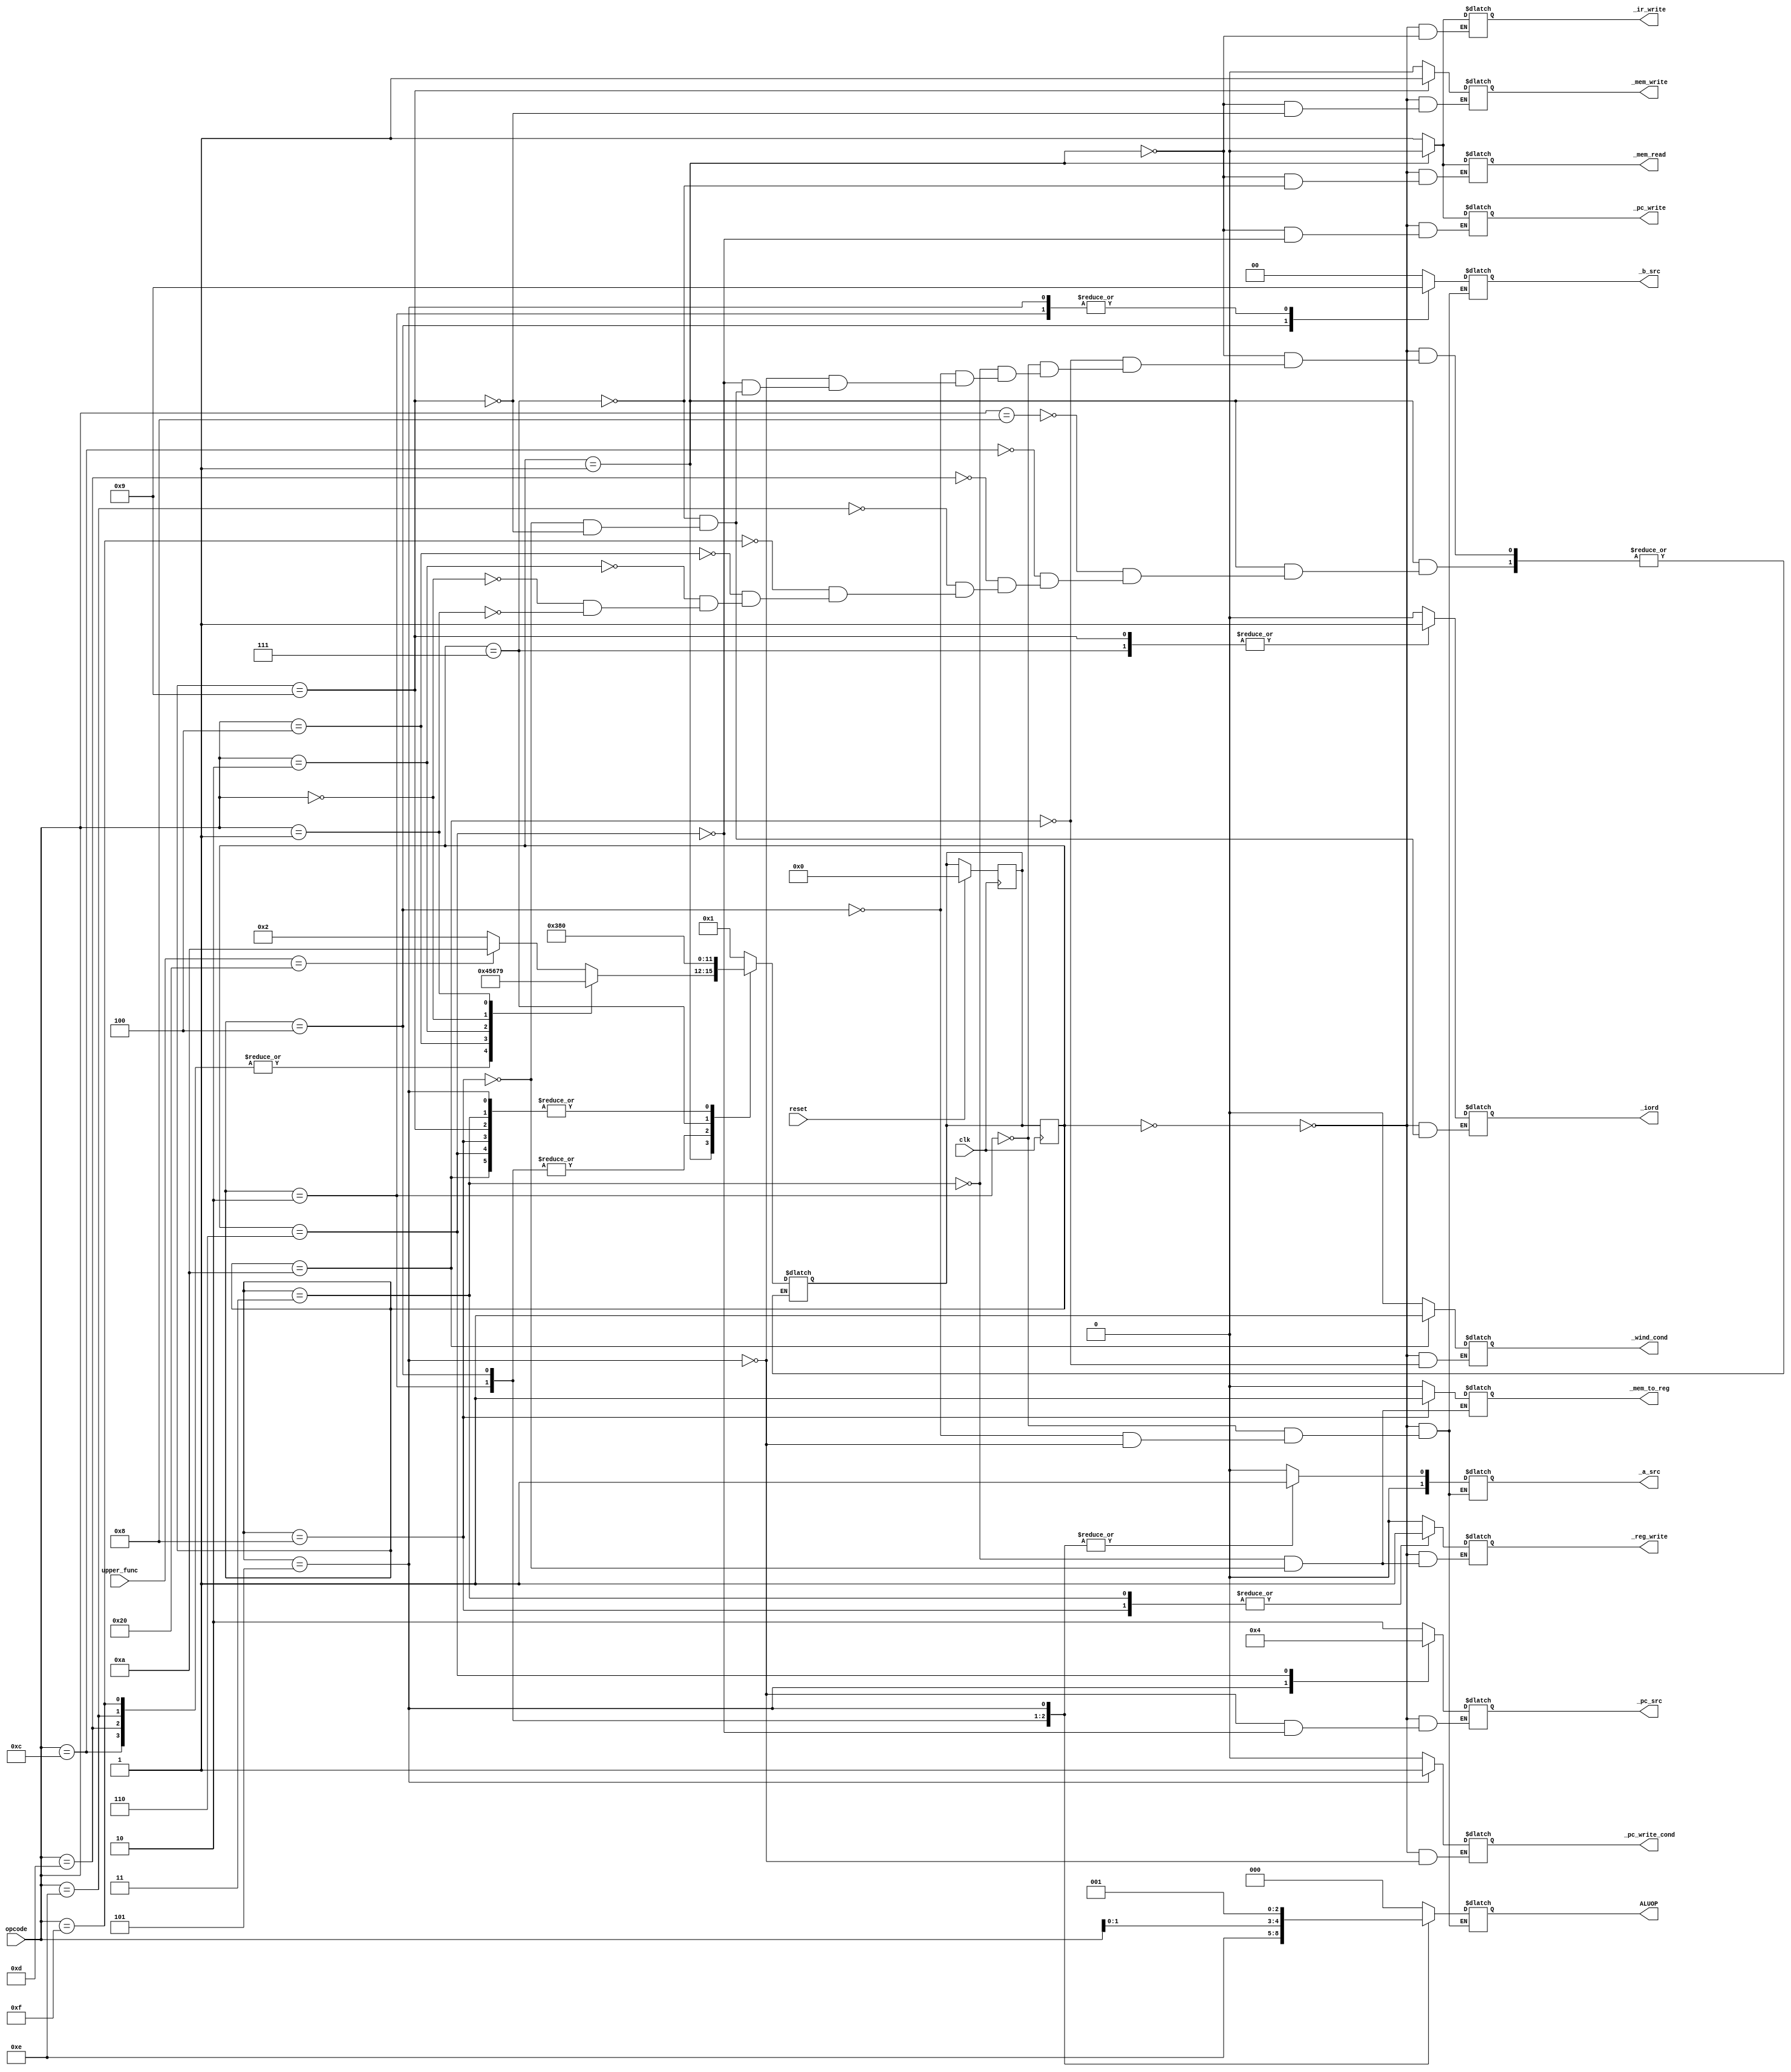

module ControlUnit(
	input [3:0] opcode,
	input clk, reset,
	output reg _iord, _pc_write,
	 _mem_read, _mem_write, 
	 _ir_write, _mem_to_reg,
	 _reg_write, _pc_write_cond, _wind_cond,
	input [5:0] upper_func, 
	output reg [1:0]  _a_src, _b_src, _pc_src,
	output reg [2:0] ALUOP
	);

	reg [3:0] state , n_state;

	initial
	begin
		state <= 4'b000;
		n_state <= 4'b001;
	end
	
	always @ ( posedge clk )
	begin
	  if(reset)
		begin
			n_state <= 4'b000;
		end
		state <= n_state;
	end
	

	always @ ( state )
	begin
		case(state)
		4'b000 : n_state = 4'b001;
		4'b001 : 
		  case(opcode)
		    4'b1000: 
		      case(upper_func)
		        6'b100000: n_state = 4'b1010;
		        default: n_state = 4'b010;
		      endcase
		    
		    4'b1100: n_state = 4'b100;
		    4'b1101: n_state = 4'b100;
		    4'b1110: n_state = 4'b100;
		    4'b1111: n_state = 4'b100;
		    
		    4'b0100: n_state = 4'b101;
		    
		    4'b0010: n_state = 4'b110;
		    
		    4'b0000: n_state = 4'b111;
		    
		    4'b0001: n_state = 4'b1001;
		  endcase
		  
		4'b1010: n_state = 4'b000;
		// R type
		4'b010 : n_state = 4'b011;
		4'b011 : n_state = 4'b000;
		//I type
		4'b100 : n_state = 4'b011;
		//B type
		4'b101 : n_state = 4'b000;
		// A Jump
		4'b110 : n_state = 4'b000;
		//A Load
		4'b111 : n_state = 4'b1000;
		4'b1000 : n_state = 4'b000;
		//A Store
		4'b1001: n_state = 4'b0000;
		endcase
	end
	

	always @ ( state )
	begin
		case(state)
		4'b000 : 
		begin
		  _iord = 0;
		  _reg_write = 0;
			_pc_write = 1;
			_mem_read = 1;
			_mem_write = 0;
			_ir_write = 1;
			_a_src = 2'b00;
			_b_src = 2'b00;
			_pc_src = 2'b10;
			_pc_write_cond = 0;
			_wind_cond = 0;
			ALUOP = 3'b0;
		end

		4'b001 : 
		begin
			_pc_write = 0;
			_mem_read = 0;
			_mem_write = 0;
			_ir_write = 0;
		end
		
		//window
		4'b1010:
		begin
		  _wind_cond = 1;
		end
		/// R type
		4'b010 : 
		begin
		  _a_src = 2'b01;
			_b_src = 2'b01;
			ALUOP = 3'b111;
		end
		
		4'b011 : 
		begin
			_mem_to_reg = 0;
			_reg_write = 1;
		end

		
		/// I type
		4'b100 : 
		begin
		  _a_src = 2'b01;
			_b_src = 2'b10;
			ALUOP = { 1'b0, opcode[1:0] };
		end
		
		
		/// B
		4'b101 :
		begin
			_a_src = 2'b01;
			_b_src = 2'b01;
			ALUOP = 3'b001;
			_pc_src = 2'b01;
		  _pc_write_cond = 1;
		end
		
		//A Jump
		4'b110:
		begin
		  _pc_src = 2'b00;
		  _pc_write = 1;
		end
		
		//A Load
		4'b111:
		begin
		  _iord = 1;
		  _mem_read = 1;
		end
		4'b1000:
		begin
		  _iord = 0;
		  _mem_to_reg = 1;
		  _reg_write = 1;
		end
		
		//A Store
		4'b1001:
		begin
		  _iord = 1;
		  _mem_write = 1;
		end
		
		
		endcase
	end

endmodule